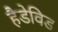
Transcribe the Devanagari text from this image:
हैडेविड